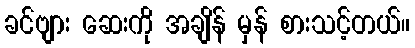
ခင်ဗျား ဆေးကို အချိန် မှန် စားသင့်တယ်။